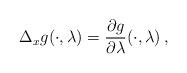
LaTeX: \begin{align*}\Delta_xg(\cdot,\lambda)=\frac{\partial g}{\partial\lambda}(\cdot,\lambda)\, ,\quad\end{align*}